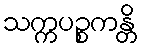
သက္ကပဉ္စကန္တိ